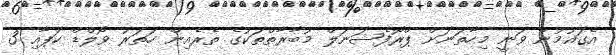
އެގައުމުން ވަނީ މިހާތަނަށް ޕްރޮފެޝަނަލް މުބާރާތްތަކުގެ ތެރެއިން ހަތަރު ވޯލްޑް ކަޕާއި 3